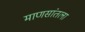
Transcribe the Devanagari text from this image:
माणसांतला